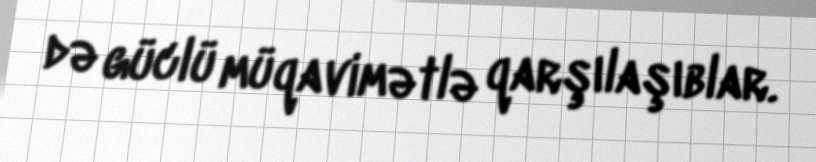
də güclü müqavimətlə qarşılaşıblar.